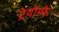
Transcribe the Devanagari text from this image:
ट्रेयोम्फे